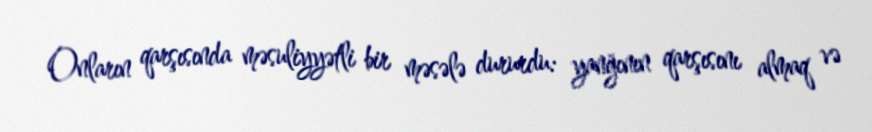
Onların qarşısında məsuliyyətli bir məsələ dururdu: yanğının qarşısını almaq və